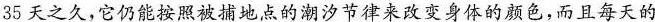
35天之久，它仍能按照被捕地点的潮汐节律来改变身体的颜色，而且每天的